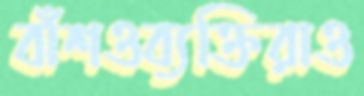
বাঁশওব্যক্তিরাও